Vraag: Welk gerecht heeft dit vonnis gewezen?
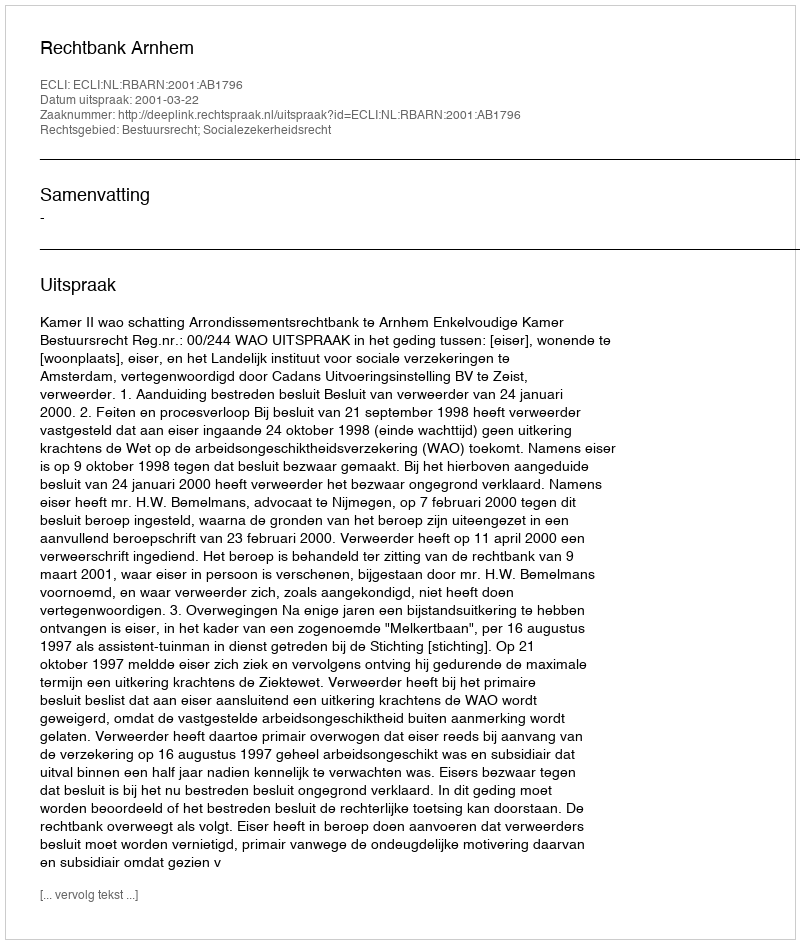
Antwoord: Rechtbank Arnhem